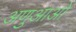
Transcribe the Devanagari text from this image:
अणुआओ